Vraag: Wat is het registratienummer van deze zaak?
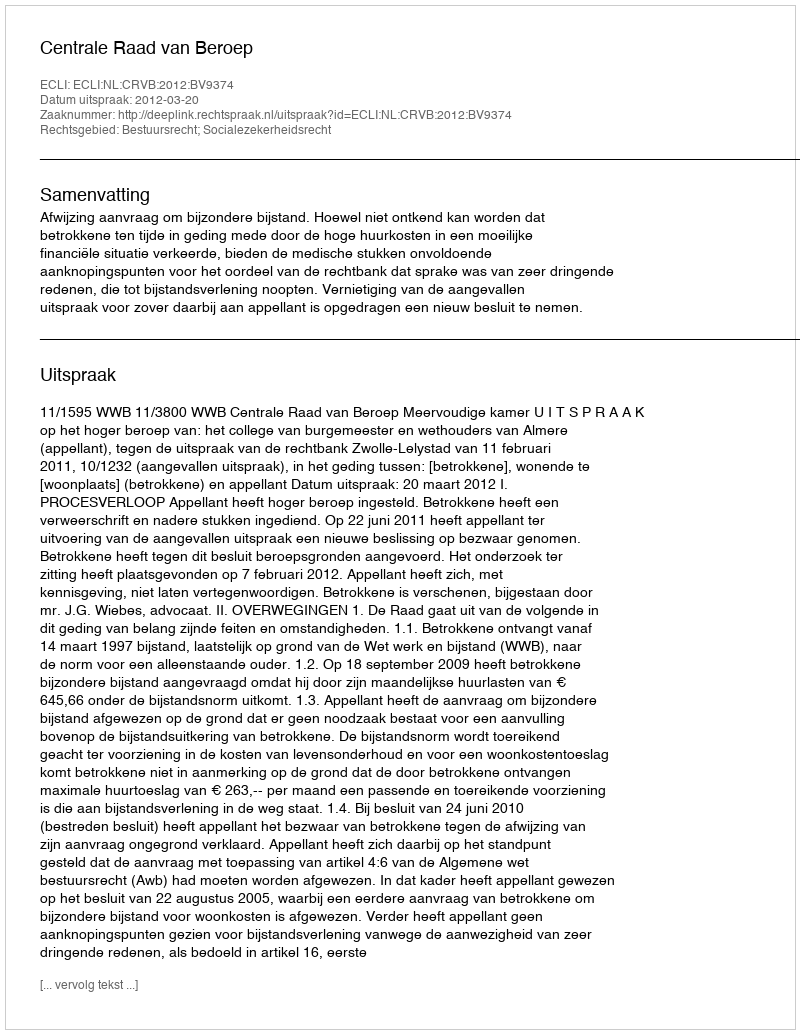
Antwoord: http://deeplink.rechtspraak.nl/uitspraak?id=ECLI:NL:CRVB:2012:BV9374